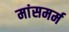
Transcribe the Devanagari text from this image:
मांसमर्म